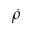
\dot { \rho }